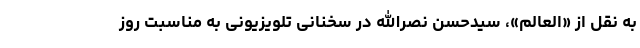
به نقل از «العالم»، سیدحسن نصرالله در سخنانی تلویزیونی به مناسبت روز